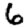
Digit: 6